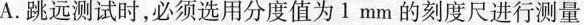
A.跳远测试时，必须选用分度值为1mm的刻度尺进行测量